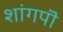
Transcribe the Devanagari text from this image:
शांगपॊ